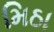
મિઠા